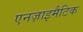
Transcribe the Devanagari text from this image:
एनज़ाइमैटिक